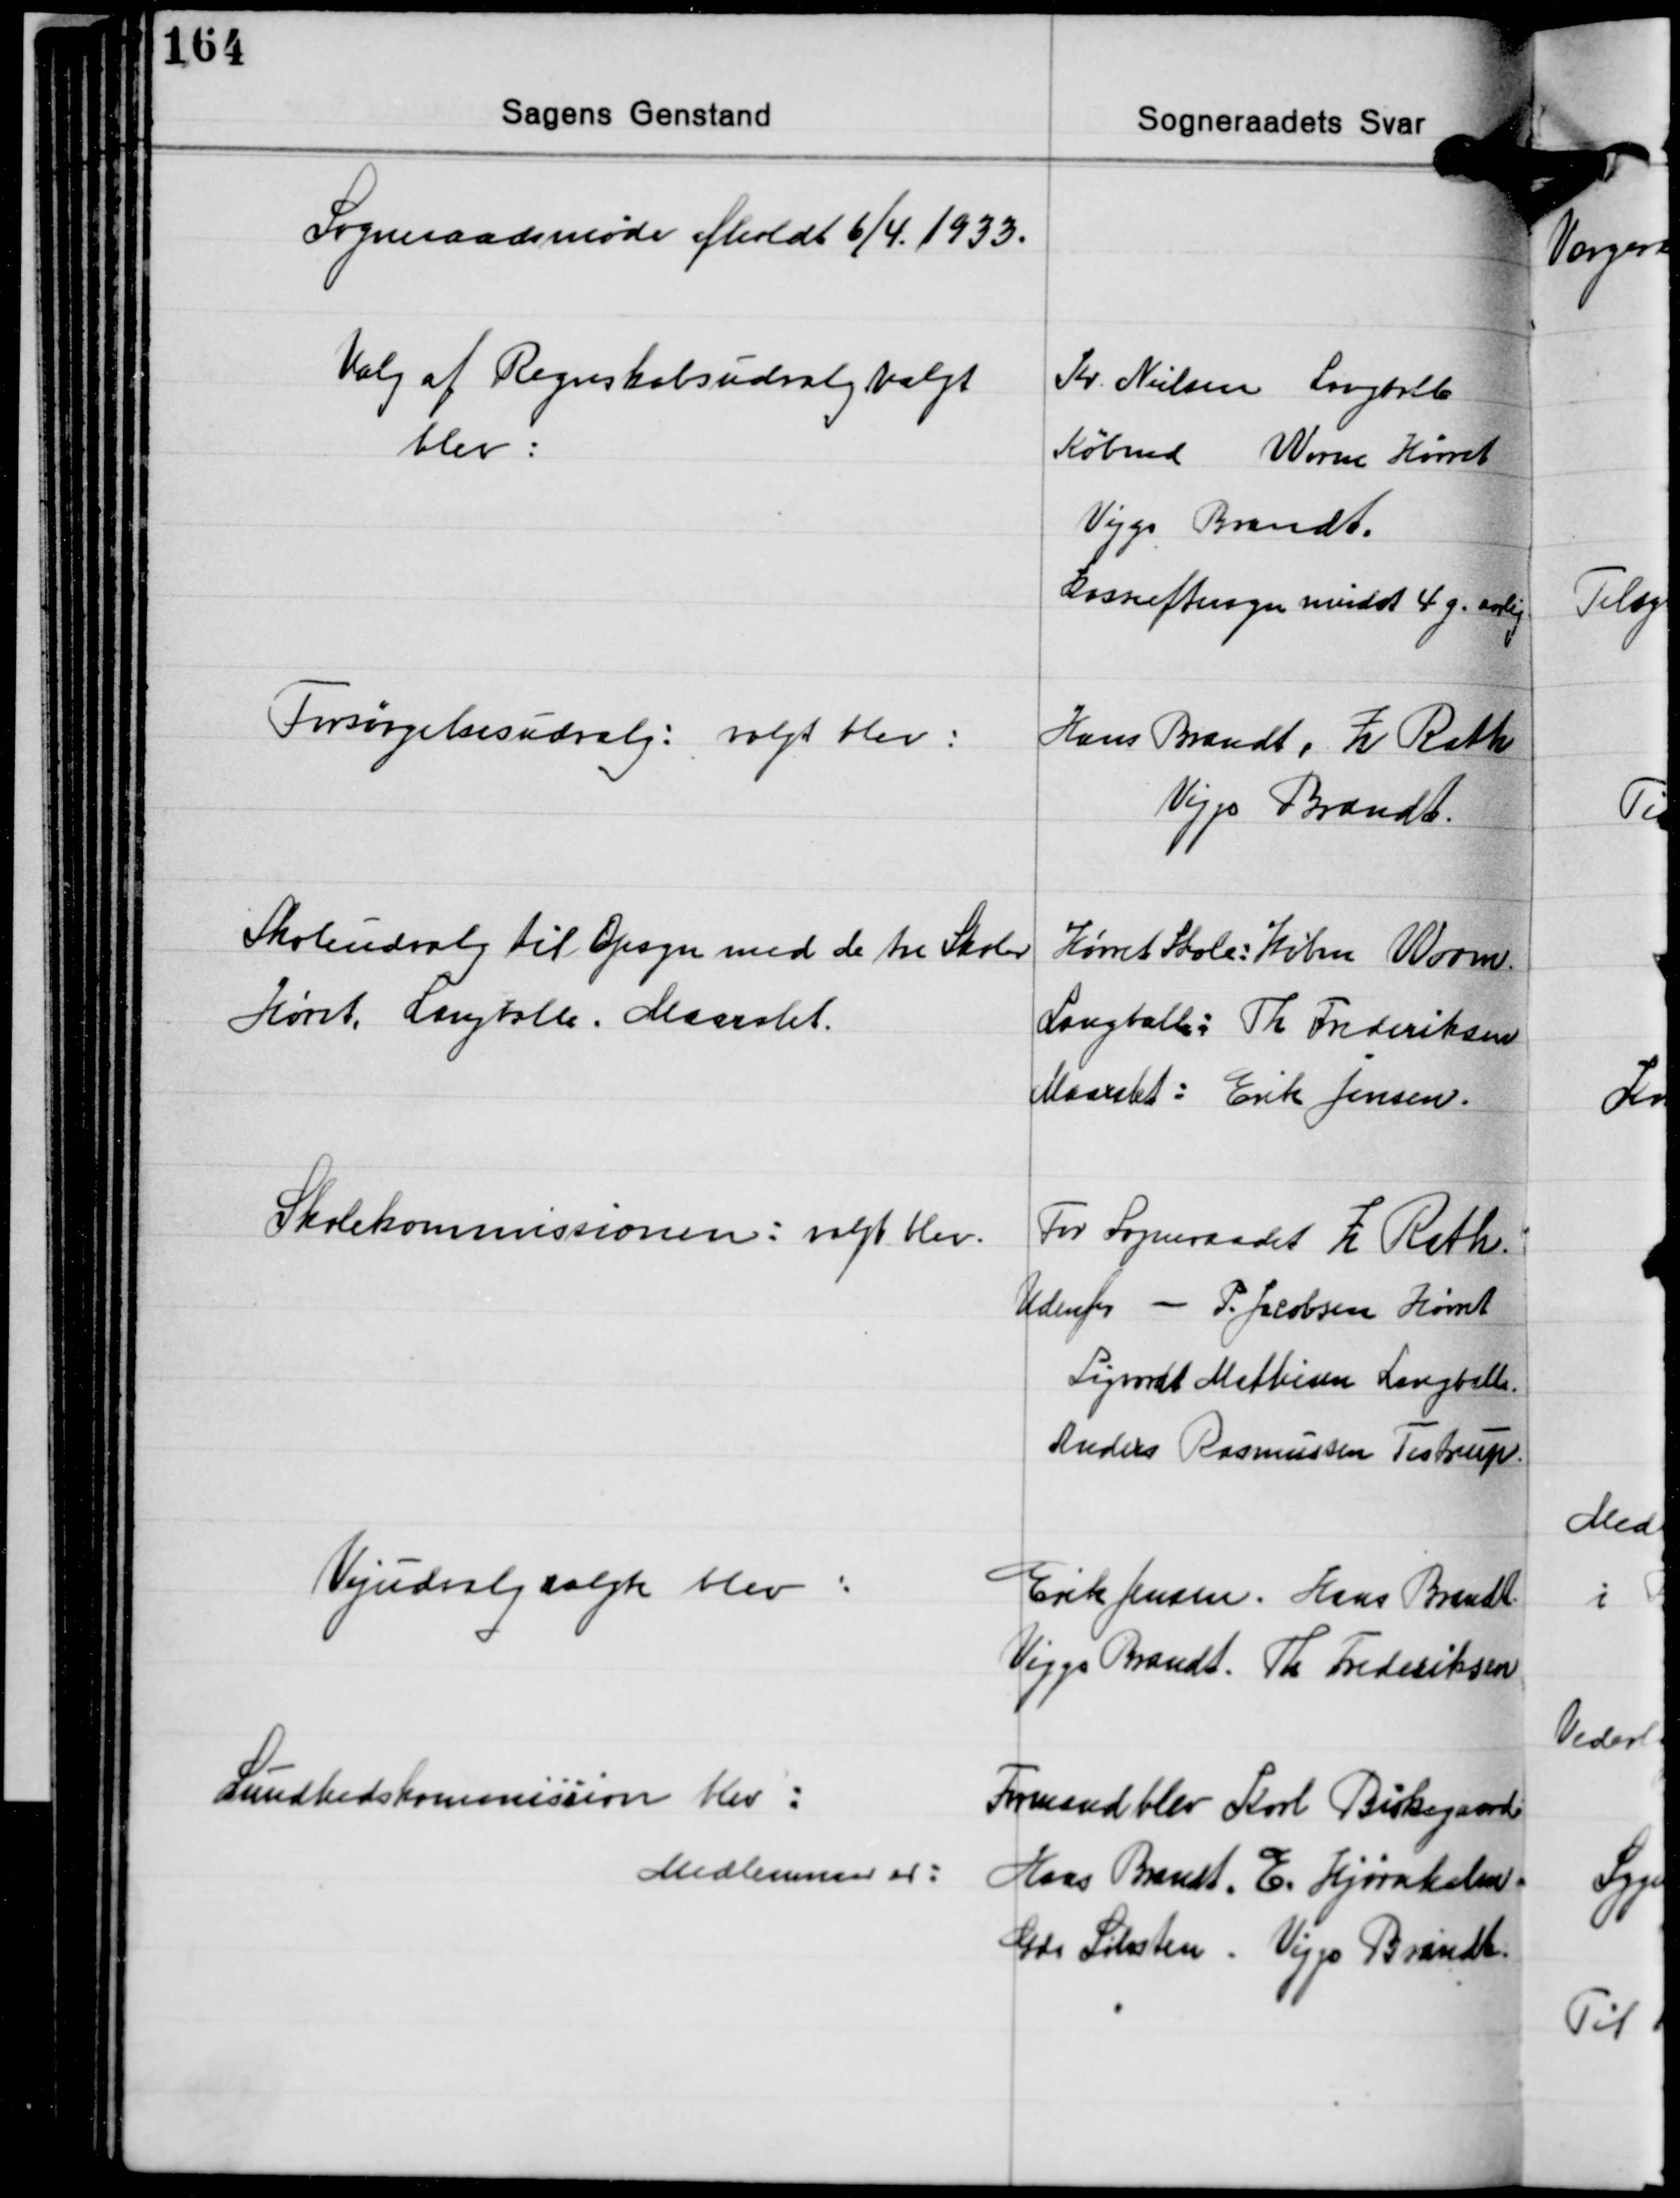
Transskription:
Sogneraadsmøde afholdt 6/4 1933.

Valg af Regnskabsudvalg valgt
blev:

Kr. Nielsen Langballe
Købmd. Worm Hørret
Viggo Brandt
Kasseeftersyn mindst 4 g. aarlig

Forsørgelsesudvalg: valgt blev:

Hans Brandt, Z. Rath
Viggo Brandt.

Skoleudvalg til Opsyn med de tre Skoler
Hørret, Langballe, Maarslet.

Hørret Skole: Købm. Worm.
Langballe: Th. Frederiksen
Maarslet: Erik Jensen.

Skolekommissionen: valgt blev:

For Sogneraadet Z. Rath
Udenfor - P. Jacobsen Hørret
Sigvardt Mathisen Langballe.
Anders Rasmussen Testrup

Vejudvalg valgt blev:

Erik Jensen. Hans Brandt
Viggo Brandt. Th. Frederiksen

Sundhedskommission blev:
Medlemmer er:

Formand blev Karl Birkegaard
Hans Brandt, E. Hjørnholm.
Gdr. Sølvsten. Viggo Brandt